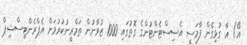
އޯ) އާ ގުޅިގެން ފާމަސީ އެސިސްޓެންޓުންގެ ގޮތުގައި 1000 ޒުވާނުން ތަމްރީނުކުރުމަށް އެޕްރެންޓިސްޝިޕް